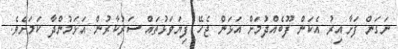
ނަގަން ފަށާއިރު އެކަން ފޫބެއްދުމަށް އަޅަން ޖެހޭ ފިޔަވަޅުތައް ސަރުކާރުން އަޅަމުންދާ ކަމަށެވެ.